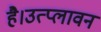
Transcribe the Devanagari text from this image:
है।उत्प्लावन